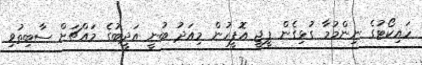
ހައިކޯޓުގެ ނިންމުމާ ގުޅިގެން ޕީޖީ އޮފީހުން މިއަދު ބުނީ އަދީބުގެ މައްޗަށް ސާބިތުވި